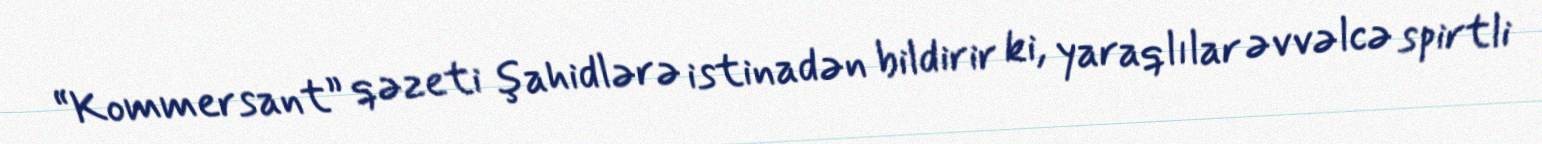
“Kommersant” qəzeti şahidlərə istinadən bildirir ki, yaraqlılar əvvəlcə spirtli